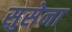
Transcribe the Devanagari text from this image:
सुसेना